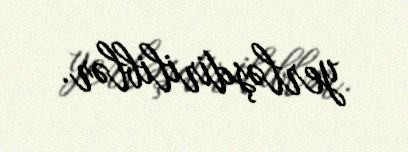
yerləşdiriliblər.